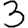
Digit: 3